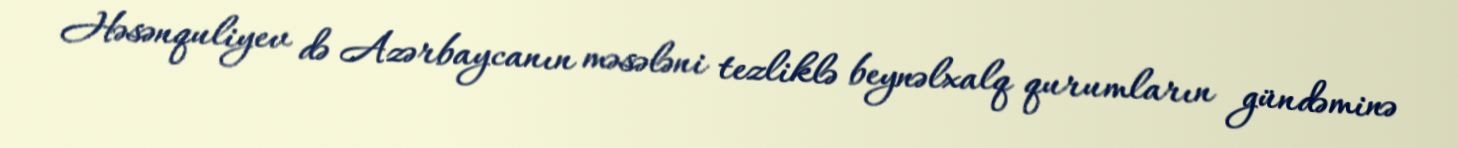
Həsənquliyev də Azərbaycanın məsələni tezliklə beynəlxalq qurumların gündəminə